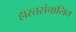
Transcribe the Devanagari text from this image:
हास्तसंचालित